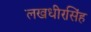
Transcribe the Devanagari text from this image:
लखधीरसिंह